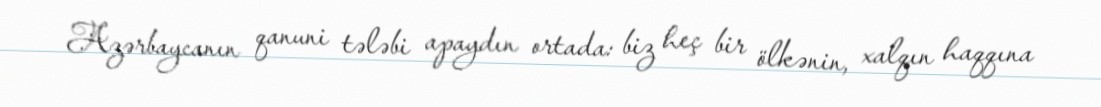
Azərbaycanın qanuni tələbi apaydın ortada: biz heç bir ölkənin, xalqın haqqına